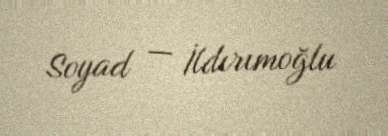
Soyad — İldırımoğlu